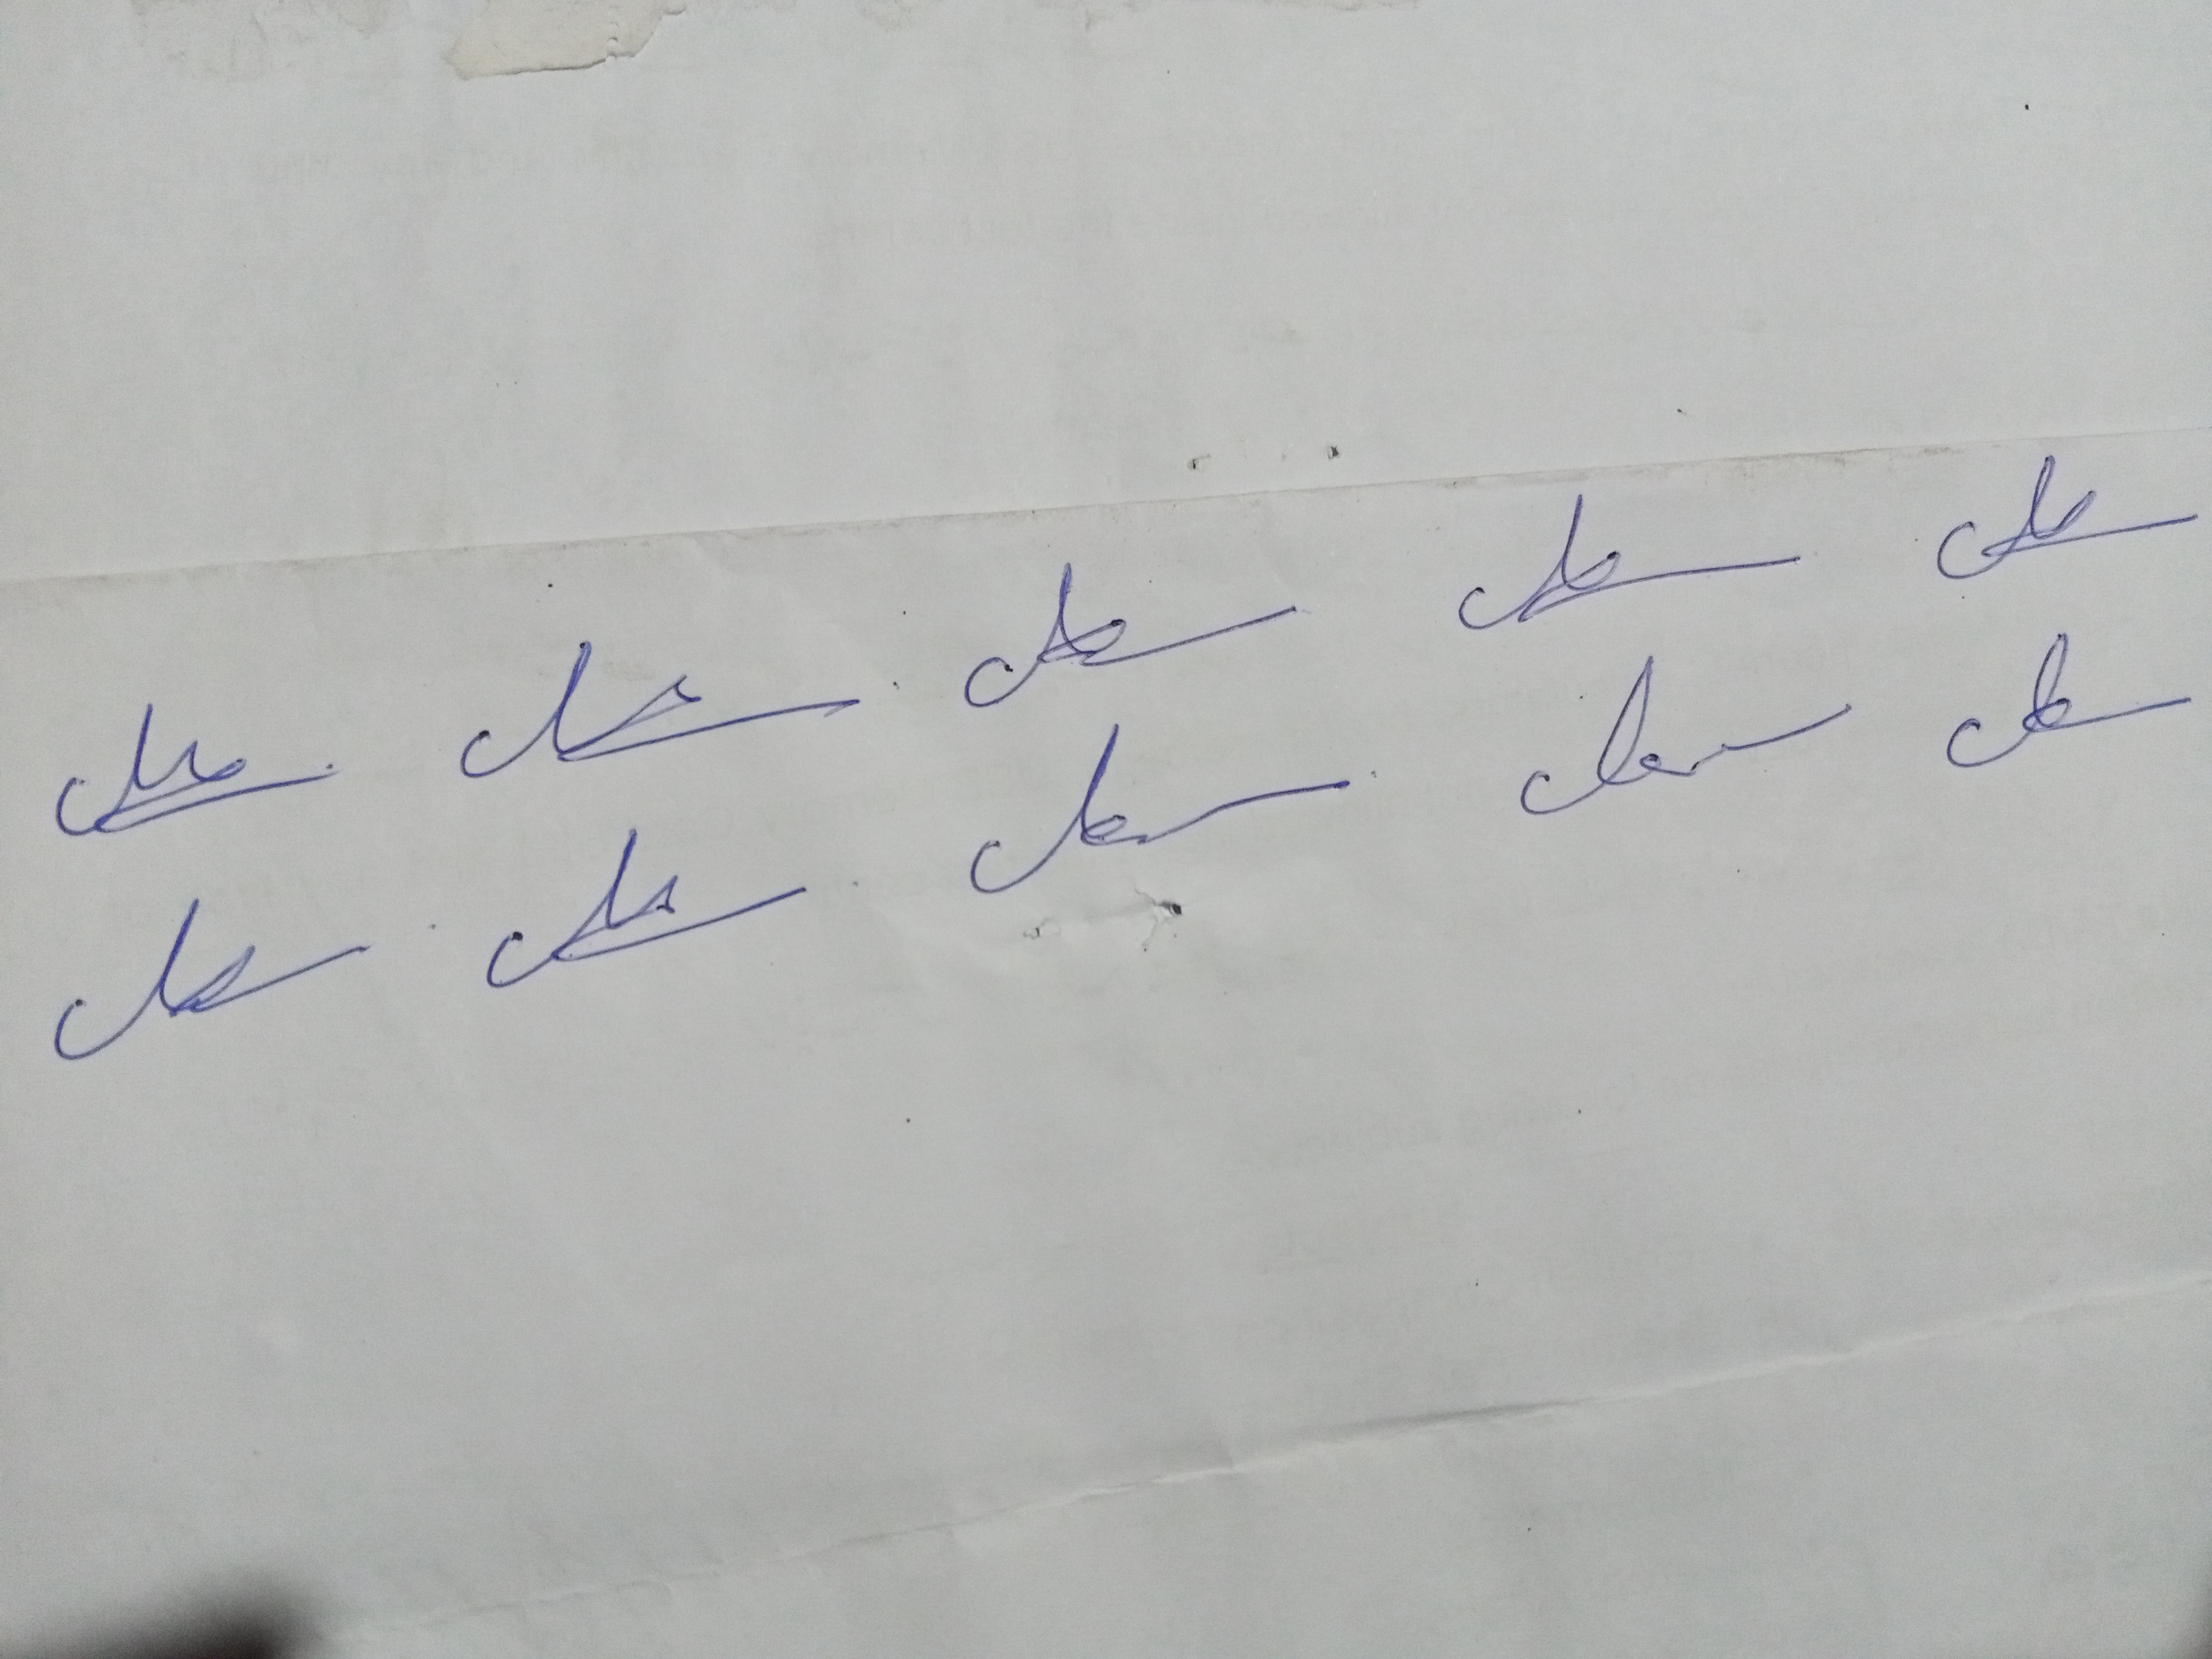
Signature authenticity: genuine